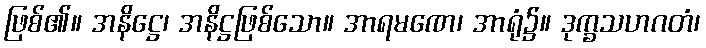
ဖြစ်၏။ အနိဋ္ဌေ၊ အနိဋ္ဌဖြစ်သော။ အာရမဏေ၊ အာရုံ၌။ ဒုက္ခသဟဂတံ၊